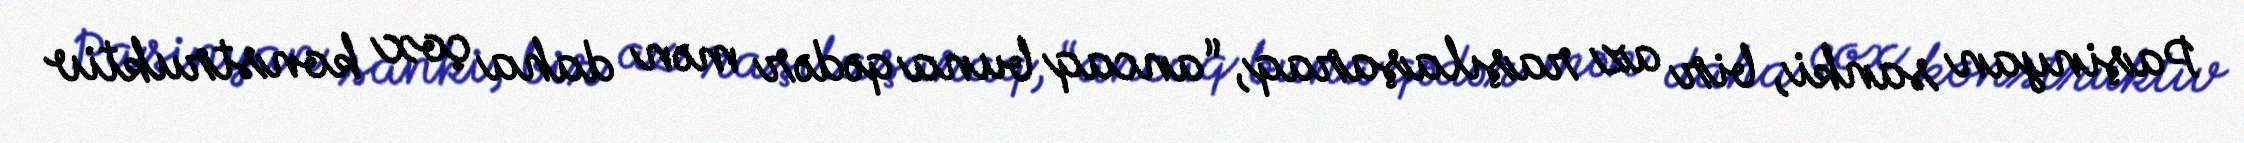
Paşinyan sanki, bir az raşılaşaraq, “ancaq buna qədər mən daha çox konstruktiv